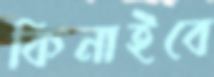
কিনাইবে